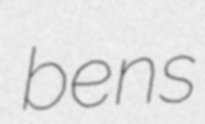
bens